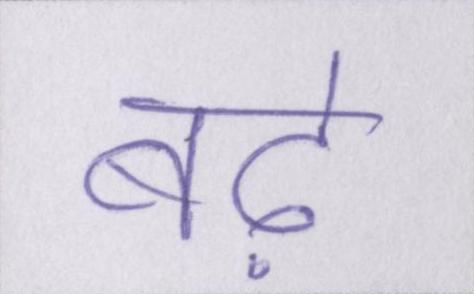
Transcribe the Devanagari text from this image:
बढ़े